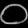
Digit: ၀